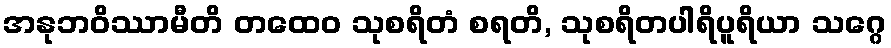
အနုဘဝိဿာမီတိ တထေဝ သုစရိတံ စရတိ, သုစရိတပါရိပူရိယာ သဂ္ဂေ